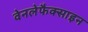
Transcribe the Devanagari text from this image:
वेनलेफैक्साइन